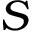
\boldsymbol { S }